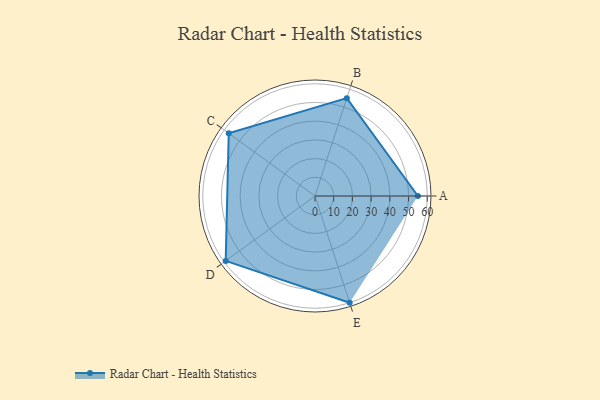
{"axis": {"x": "Skill", "y": "Score"}, "legend": ["Profile"], "data": [{"x": "A", "y": 55.0, "type": "Profile"}, {"x": "B", "y": 55.0, "type": "Profile"}, {"x": "C", "y": 57.0, "type": "Profile"}, {"x": "D", "y": 59.0, "type": "Profile"}, {"x": "E", "y": 60.0, "type": "Profile"}]}